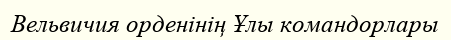
Вельвичия орденінің Ұлы командорлары